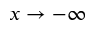
x \rightarrow - \infty